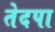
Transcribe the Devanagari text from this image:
तेदपा